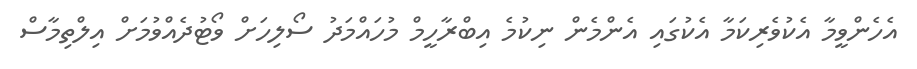
އެހެންވީމާ އެކުވެރިކަމާ އެކުގައި އެންމެން ނިކުމެ އިބްރާހީމް މުހައްމަދު ސޯލިހަށް ވޯޓުދެއްވުމަށް އިލްތިމާސް